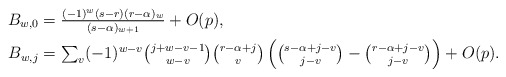
\begin{align*}\textstyle B_{w,0} & \textstyle = \frac{(-1)^w(s-r)(r-\alpha)_w}{(s-\alpha)_{w+1}} + O(p),\\ \textstyle B_{w,j} & \textstyle = \sum_v(-1)^{w-v} {j+w-v-1\choose w-v} {r-\alpha+j\choose v} \left( {s-\alpha+j-v \choose j-v} - {r-\alpha+j-v \choose j-v} \right) + O(p).\end{align*}